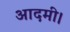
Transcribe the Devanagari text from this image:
आदमी।